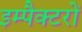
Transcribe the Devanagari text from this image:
इम्पैक्टरों